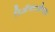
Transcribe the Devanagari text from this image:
रिअॅक्टओएस